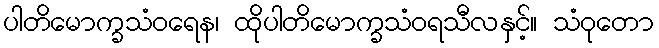
ပါတိမောက္ခသံဝရေန၊ ထိုပါတိမောက္ခသံဝရသီလနှင့်။ သံဝုတော